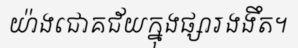
យ៉ាងជោគជ័យក្នុងផ្សារងងឹត។